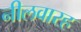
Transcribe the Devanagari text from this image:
नीलवारह